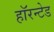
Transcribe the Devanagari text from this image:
हॉरन्टेड